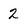
Character: 2